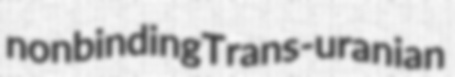
nonbinding Trans-uranian